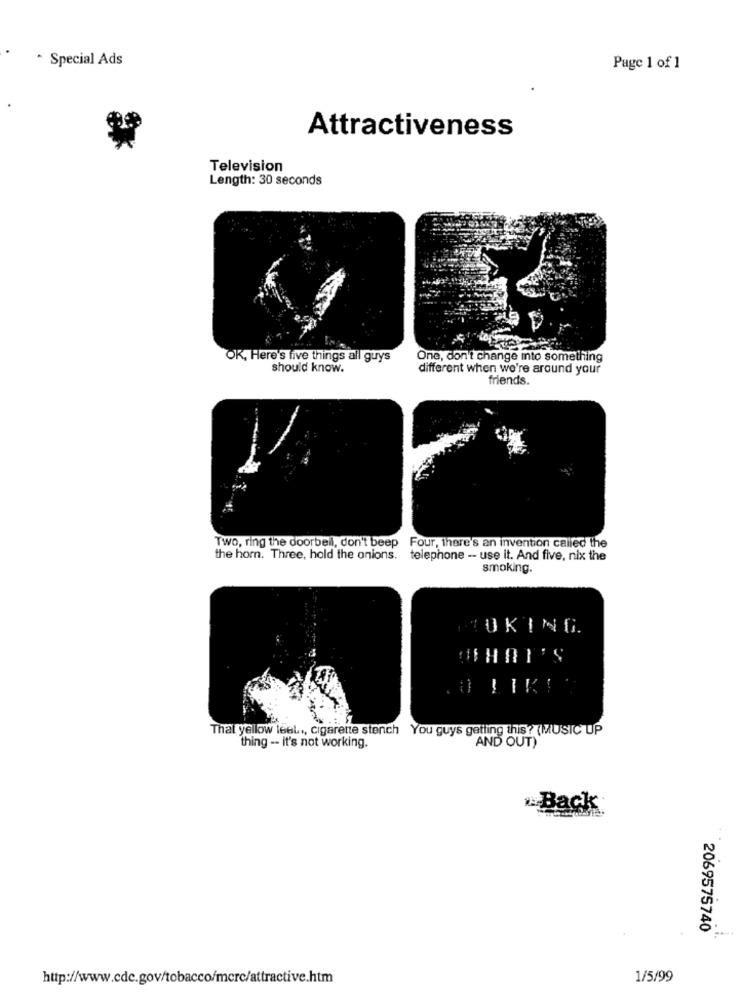
* Special Ads
Page 1 of 1
Attractiveness
Television
Length: 30 seconds
OK, Here's five things all guys
One, don't change into something
should know.
different when we're around your
friends.
Two, ring the doorbell, don't beep Four, there's an invention called the
the hom. Three, hold the onions. telephone -- use it. And five, nix the
smoking.
NUKING.
WHAT'S
-
That yellow teel .., cigarette stench You guys getting this? (MUSIC UP
AND OUT)
thing -- it's not working.
Back
2069575740
http://www.cdc.gov/tobacco/merc/attractive.htm
1/5/99